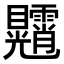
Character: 𥍕